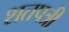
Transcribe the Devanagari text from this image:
शतपत्री